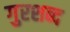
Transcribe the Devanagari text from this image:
गुरशब्द